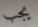
يجب